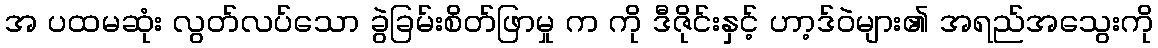
အ ပထမဆုံး လွတ်လပ်သော ခွဲခြမ်းစိတ်ဖြာမှု က ကို ဒီဇိုင်းနှင့် ဟာ့ဒ်ဝဲများ၏ အရည်အသွေးကို